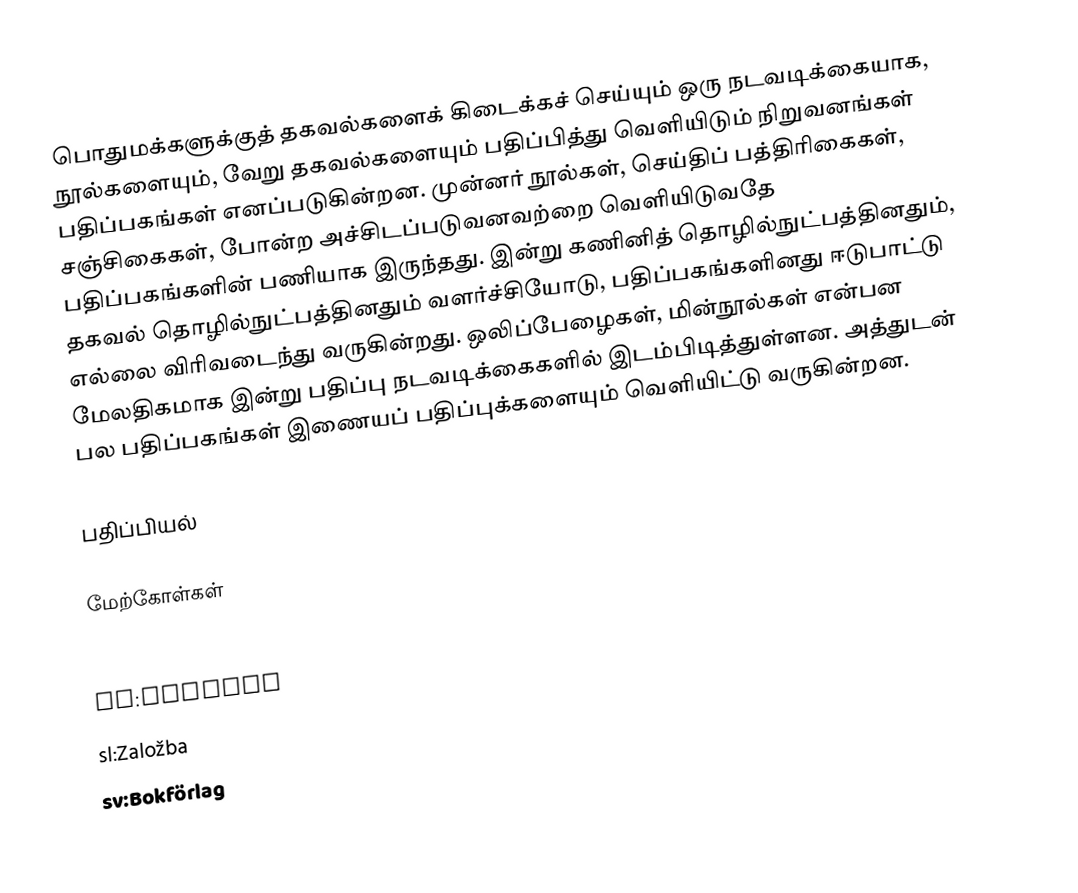
பொதுமக்களுக்குத் தகவல்களைக் கிடைக்கச் செய்யும் ஒரு நடவடிக்கையாக, நூல்களையும், வேறு தகவல்களையும் பதிப்பித்து வெளியிடும் நிறுவனங்கள் பதிப்பகங்கள் எனப்படுகின்றன. முன்னர் நூல்கள், செய்திப் பத்திரிகைகள், சஞ்சிகைகள், போன்ற அச்சிடப்படுவனவற்றை வெளியிடுவதே பதிப்பகங்களின் பணியாக இருந்தது. இன்று கணினித் தொழில்நுட்பத்தினதும், தகவல் தொழில்நுட்பத்தினதும் வளர்ச்சியோடு, பதிப்பகங்களினது ஈடுபாட்டு எல்லை விரிவடைந்து வருகின்றது. ஒலிப்பேழைகள், மின்நூல்கள் என்பன மேலதிகமாக இன்று பதிப்பு நடவடிக்கைகளில் இடம்பிடித்துள்ளன. அத்துடன் பல பதிப்பகங்கள் இணையப் பதிப்புக்களையும் வெளியிட்டு வருகின்றன.

பதிப்பியல்

மேற்கோள்கள்

cs:Nakladatelství
pl:Wydawca
sl:Založba
sv:Bokförlag